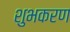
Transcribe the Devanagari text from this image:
शुभकरण